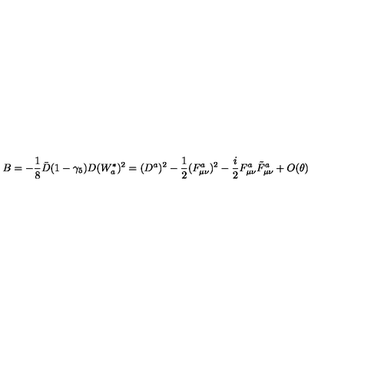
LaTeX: B = - \frac { 1 } { 8 } \bar { D } ( 1 - \gamma _ { 5 } ) D ( W _ { a } ^ { * } ) ^ { 2 } = ( D ^ { a } ) ^ { 2 } - \frac { 1 } { 2 } ( F _ { \mu \nu } ^ { a } ) ^ { 2 } - \frac { i } { 2 } F _ { \mu \nu } ^ { a } \tilde { F } _ { \mu \nu } ^ { a } + O ( \theta )